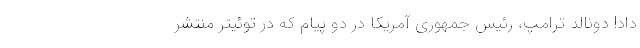
داد! دونالد ترامپ، رئیس جمهوری آمریکا در دو پیام که در توئیتر منتشر